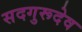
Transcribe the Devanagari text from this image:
सदगुरूदेव